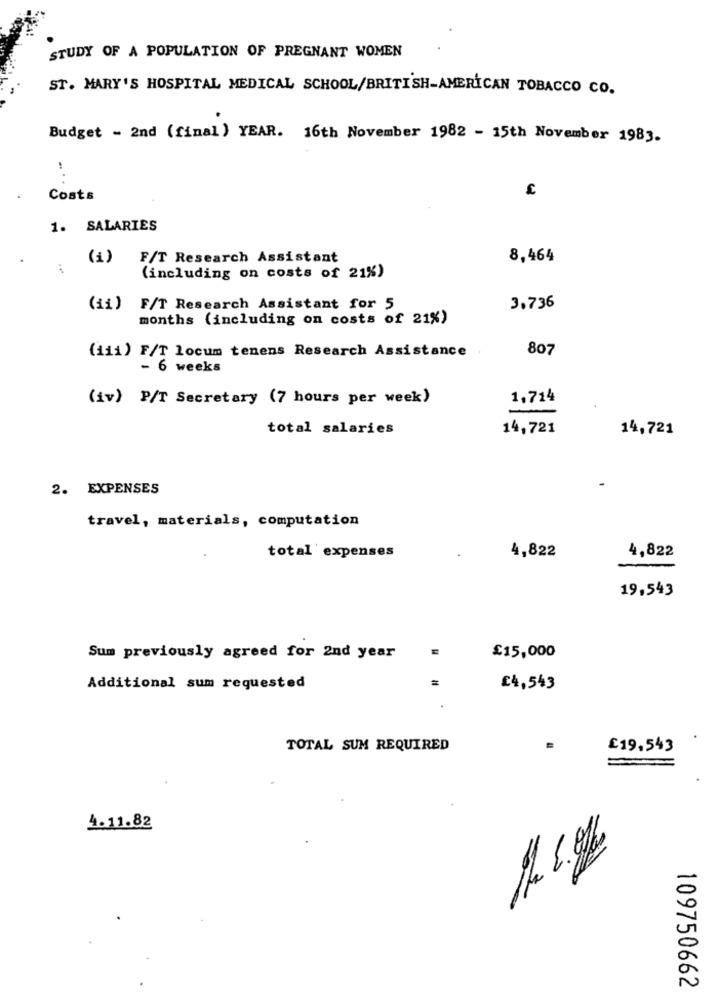
STUDY OF A POPULATION OF PREGNANT WOMEN
ST. MARY'S HOSPITAL MEDICAL SCHOOL/BRITISH-AMERICAN TOBACCO CO.
Budget - 2nd (final ) YEAR. 16th November 1982 - 15th November 1983.
.
Costs
1. SALARIES
(i) F/T Research Assistant
8,464
(including on costs of 21%)
(ii) F/T Research Assistant for 5
3,736
months (including on costs of 21%)
(iii) F/T locum tenens Research Assistance
807
- 6 weeks
(iv) P/T Secretary (7 hours per week)
1,714
total salaries
14,721
14,721
2. EXPENSES
travel, materials, computation
4,822
total expenses
4,822
19,543
£15,000
Sum previously agreed for 2nd year
=
Additional sum requested
£4,543
TOTAL SUM REQUIRED
£19.543
4.11.82
109750662